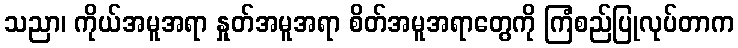
သညာ၊ ကိုယ်အမူအရာ နှုတ်အမူအရာ စိတ်အမူအရာတွေကို ကြံစည်ပြုလုပ်တာက